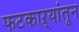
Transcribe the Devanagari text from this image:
फटकाऱ्यांतून